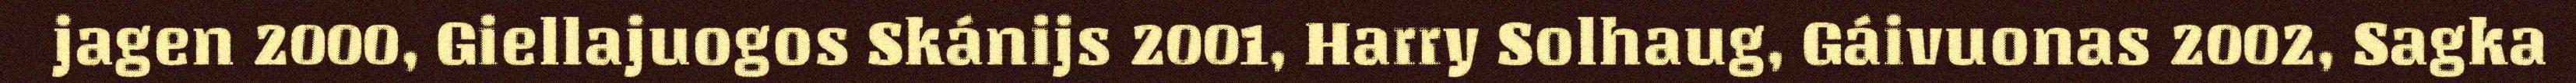
jagen 2000, Giellajuogos Skánijs 2001, Harry Solhaug, Gáivuonas 2002, Sagka